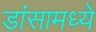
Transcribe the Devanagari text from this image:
डांसामध्ये